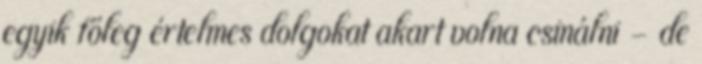
egyik főleg értelmes dolgokat akart volna csinálni – de